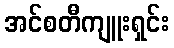
အင်စတီကျူးရှင်း